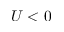
U < 0